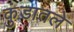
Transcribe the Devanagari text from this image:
कुंडातले